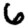
Digit: 6